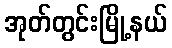
အုတ်တွင်းမြို့နယ်